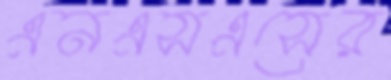
এনএসএসের